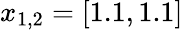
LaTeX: x_{1,2}=[1.1,1.1]